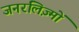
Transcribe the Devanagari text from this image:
जनरलिज़्मों